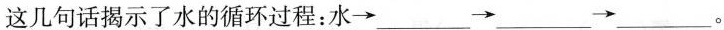
这几句话揭示了水的循环过程：水\longrightarrow___\longrightarrow___\longrightarrow___。